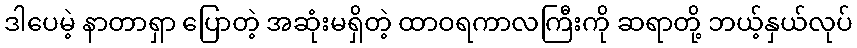
ဒါပေမဲ့ နာတာရှာ ပြောတဲ့ အဆုံးမရှိတဲ့ ထာဝရကာလကြီးကို ဆရာတို့ ဘယ့်နှယ်လုပ်